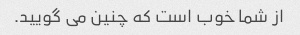
از شما خوب است که چنین می گویید.